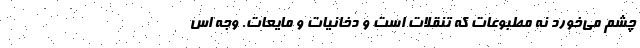
چشم می‌خورد نه مطبوعات که تنقلات است و دخانیات و مایعات. وجه اَسَ